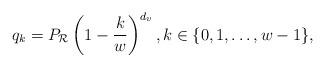
LaTeX: \begin{align*}q_k=P_{\mathcal{R}}\left(1-\frac{k}{w}\right)^{d_v}, k\in\{0,1,\ldots,w-1\},\end{align*}